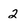
Character: 2